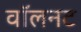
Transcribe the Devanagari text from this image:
वॉलनट